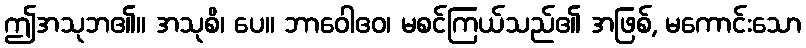
ဤအသုဘ၏။ အသုစိ၊ ပေ။ ဘာဝေါဧဝ၊ မစင်ကြယ်သည်၏ အဖြစ်, မကောင်းသော